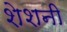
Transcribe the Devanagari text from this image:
शेशनी